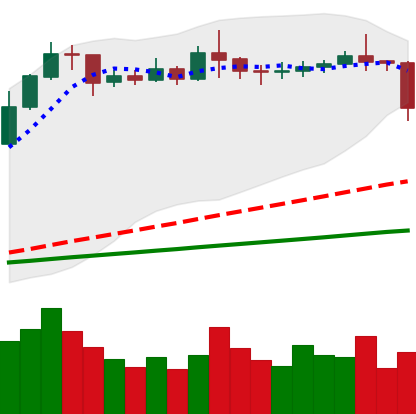
Ticker: ETC-USD
Chart end date: 2020-02-15
Forward return: -14.309%
Label: down_7plus